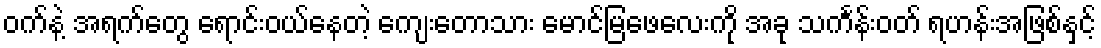
ဝက်နဲ့ အရက်တွေ ရောင်းဝယ်နေတဲ့ ကျေးတောသား မောင်မြဖေလေးကို အခု သင်္ကန်းဝတ် ရဟန်းအဖြစ်နှင့်